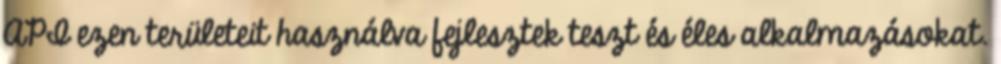
API ezen területeit használva fejlesztek teszt és éles alkalmazásokat.